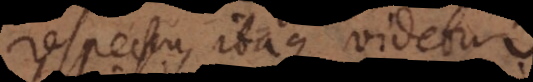
respectu, itaque videtur